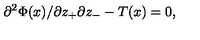
{ { \partial ^ { 2 } \Phi ( x ) } / { \partial z _ { + } \partial z _ { - } } } - T ( x ) = 0 ,